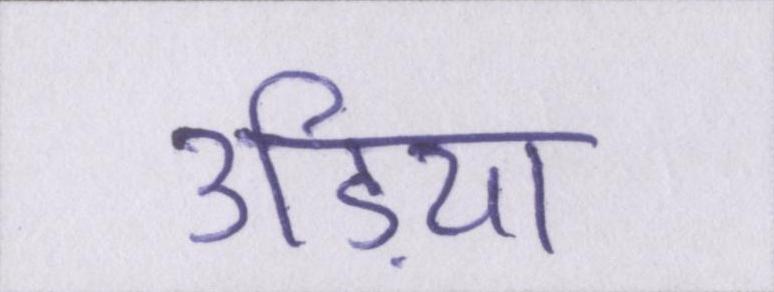
उड़िया